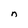
Character: n